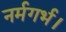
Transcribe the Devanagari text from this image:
नर्मगर्भ।